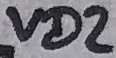
Text: VD2